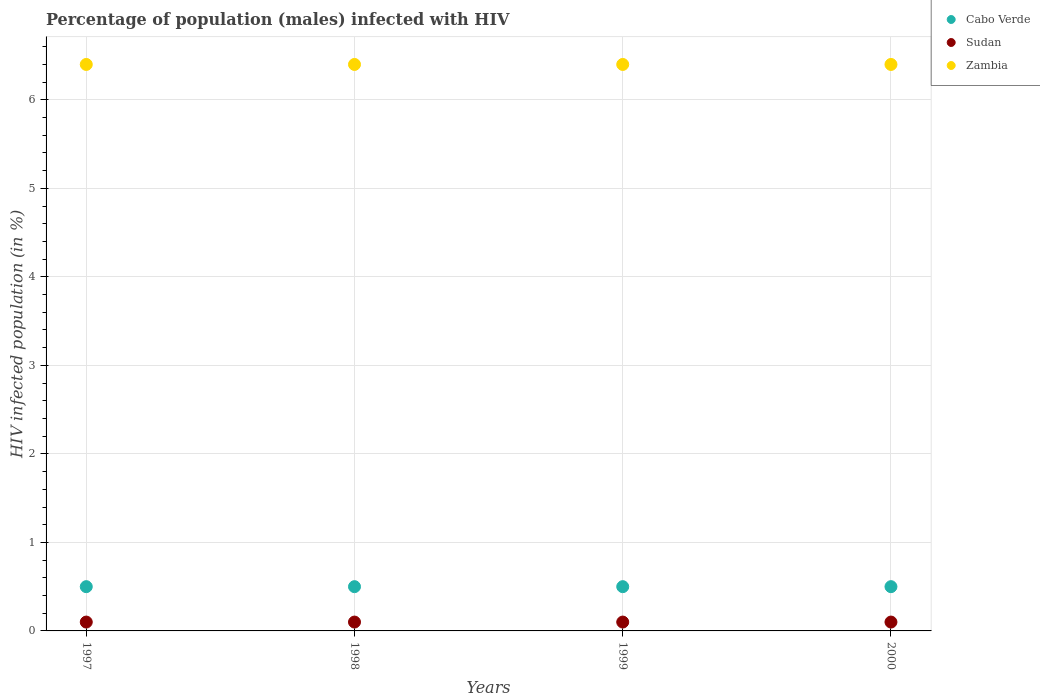
| Years | Cabo Verde | Sudan | Zambia |
 | --- | --- | --- | --- |
 | 1997 | 0.5 | 0.1 | 6.4 |
 | 1998 | 0.5 | 0.1 | 6.4 |
 | 1999 | 0.5 | 0.1 | 6.4 |
 | 2000 | 0.5 | 0.1 | 6.4 |